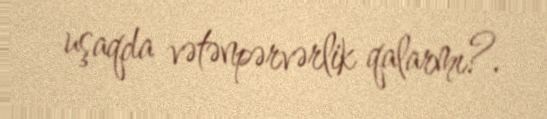
uşaqda vətənpərvərlik qalarmı?.